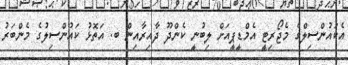
އެކައުންސިލްގެ މެޖޯރިޓީ އެމްޑީޕީއަށް ލިބުނީ ކެންދޫ ދާއިރާއިން ބ. އަތޮޅު ކައުންސިލުގެ މެންބަރު